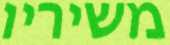
משיריו